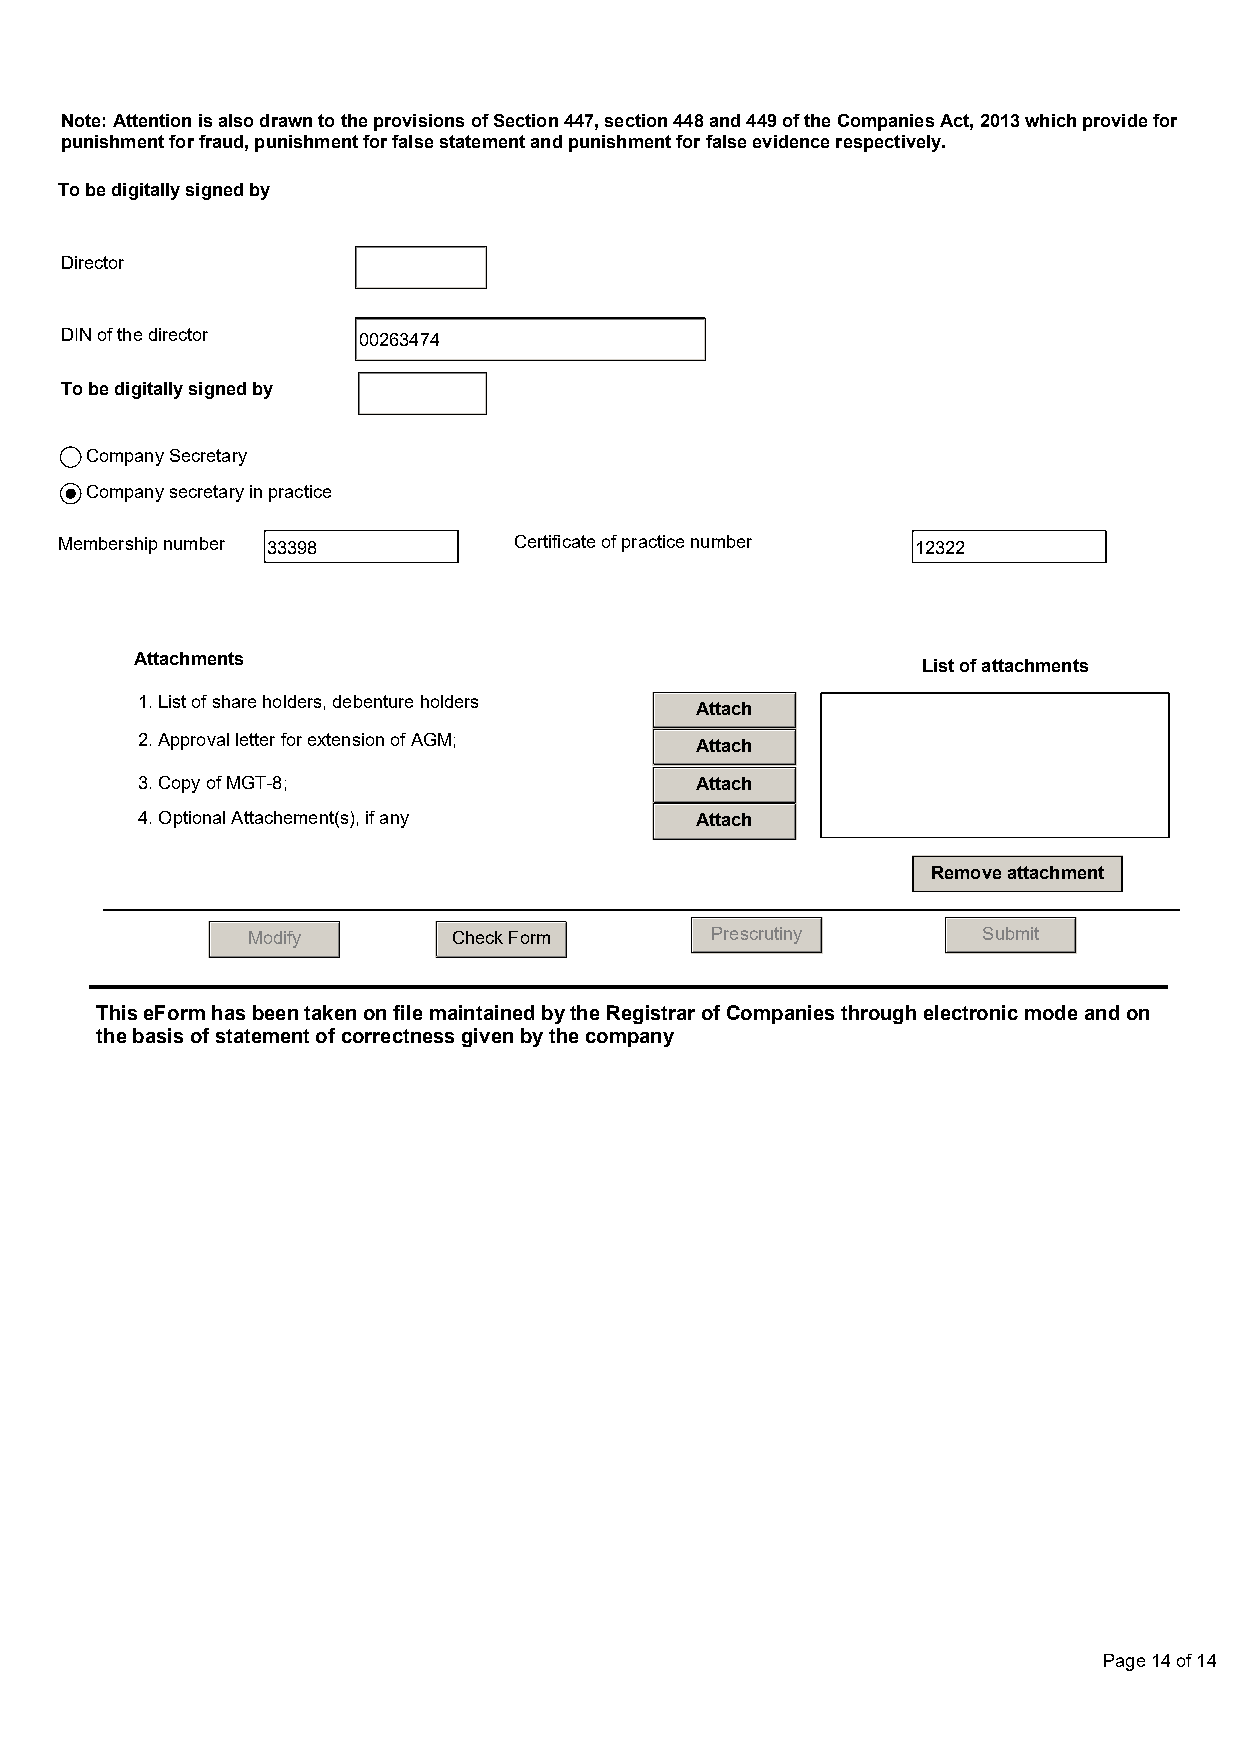
Note: Attention is also drawn to the provisions of Section 447, section 448 and 449 of the Companies Act, 2013 which provide for
 punishment for fraud, punishment for false statement and punishment for false evidence respectively.
 To be digitally signed by
 Director
 DIN of the director 00263474
 To be digitally signed by
 Company Secretary
 Company secretary in practice
 Membership number 33398       Certificate of practice number 12322
 Attachments                                         List of attachments
 1. List of share holders, debenture holders
 Attach
 2. Approval letter for extension of AGM; Attach
 3. Copy of MGT-8;                    Attach
 4. Optional Attachement(s), if any   Attach
 Remove attachment
 Modify        Check Form       Prescrutiny       Submit
 This eForm has been taken on file maintained by the Registrar of Companies through electronic mode and on
 the basis of statement of correctness given by the company
 Page 14 of 14